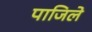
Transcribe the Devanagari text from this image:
पाजिले